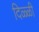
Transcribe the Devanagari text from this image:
दिळ्ळी